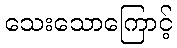
သေးသောကြောင့်